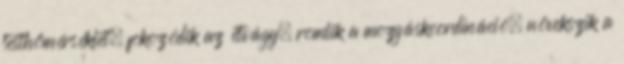
testhőmérséklet, fokozódik az étvágy, romlik a mozgáskoordináció, növekszik a